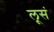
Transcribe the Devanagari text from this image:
लूसं